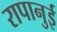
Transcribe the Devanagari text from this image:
रापानुई